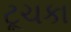
ટૂચકા